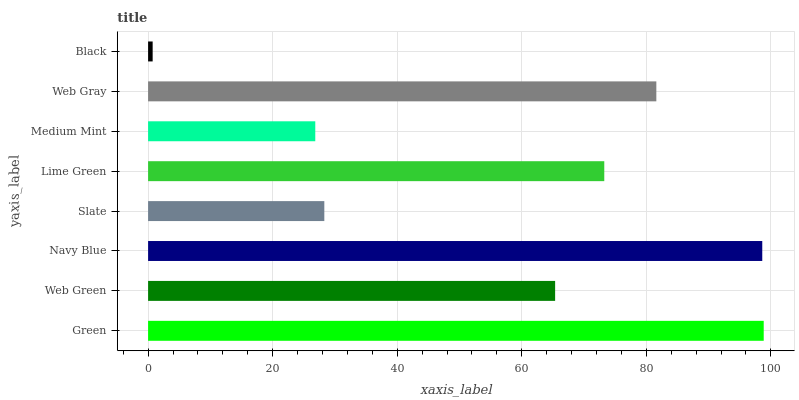
| yaxis_label | bars |
 | --- | --- |
 | Green | 98.8 |
 | Web Green | 65.4 |
 | Navy Blue | 98.6 |
 | Slate | 28.3 |
 | Lime Green | 73.2 |
 | Medium Mint | 26.8 |
 | Web Gray | 81.6 |
 | Black | 0.733 |